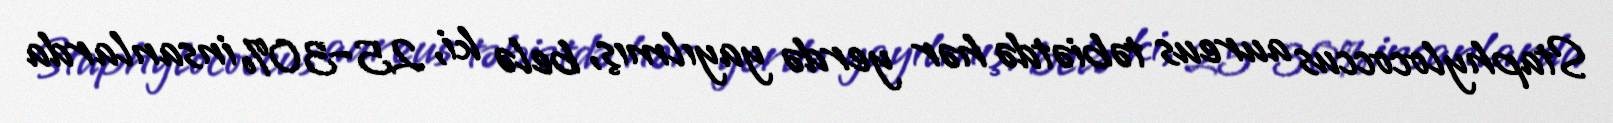
Staphylococcus aureus təbiətdə hər yerdə yayılmış, belə ki, 25–30% insanlarda